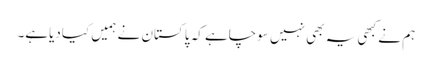
ہم نے کبھی یہ بھی نہیں سوچاہے کہ پاکستان نے ہمیں کیادیاہے۔